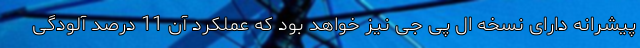
پیشرانه دارای نسخه ال پی جی نیز خواهد بود که عملکرد آن 11 درصد آلودگی